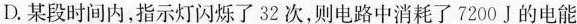
D.某段时间内，指示灯闪烁了32次，则电路中消耗了7200J的电能